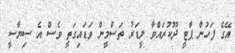
އޭގެ ފަހުން ޕާޓީ ދޫކުރައްވާ ލީޑަރު ތަސްމީން ވަޑައިގަތީ ވެސް އެ ސިޔާސީ